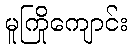
မူကြိုကျောင်း